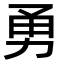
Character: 勇